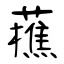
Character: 藮